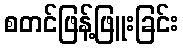
စတင်ဖြန့်ဖြူးခြင်း